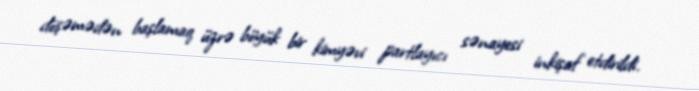
döşəmədən başlamaq üzrə böyük bir kimyəvi partlayıcı sənayesi inkişaf etdirildi.